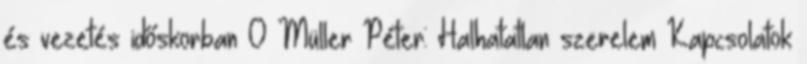
és vezetés időskorban 0 Müller Péter: Halhatatlan szerelem Kapcsolatok